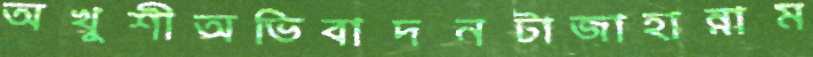
অখুশীঅভিবাদনটাজাহান্নাম